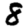
Digit: 8